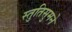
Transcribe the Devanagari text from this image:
स्तुतिसुमने